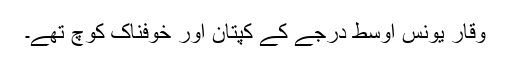
وقار یونس اوسط درجے کے کپتان اور خوفناک کوچ تھے۔